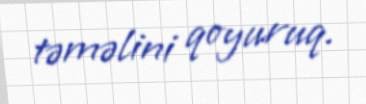
təməlini qoyuruq.